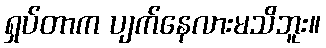
ရှပ်တာက ပျက်နေလားမသိဘူး။